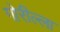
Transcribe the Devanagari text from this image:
गोरील्ला